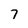
Character: 7